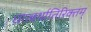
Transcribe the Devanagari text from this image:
धात्वर्थातिरिक्तम्